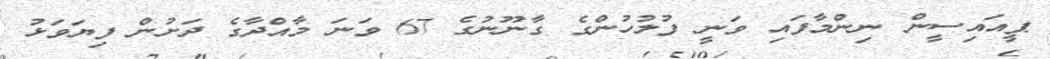
ޕީއައިސީން ނިންމާފައި ވަނީ ފުލުހުންގެ ގާނޫނުގެ 67 ވަނަ މާއްދާގެ ދަށުން ފިޔަވަޅު